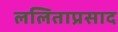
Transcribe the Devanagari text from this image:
ललिताप्रसाद